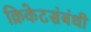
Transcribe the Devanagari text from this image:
क्रिकेटसंबंधी